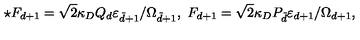
\star F _ { d + 1 } = \sqrt { 2 } \kappa _ { D } Q _ { d } \varepsilon _ { \tilde { d } + 1 } / \Omega _ { \tilde { d } + 1 } , \ F _ { d + 1 } = \sqrt { 2 } \kappa _ { D } P _ { \tilde { d } } \varepsilon _ { d + 1 } / \Omega _ { d + 1 } ,